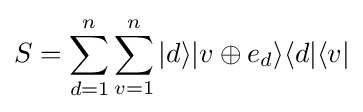
S=\sum _{d=1}^{n}\sum _{v=1}^{n}|d\rangle |v\oplus e_{d}\rangle \langle d|\langle v|